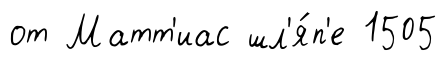
от Матт'иас шл'я́п'е 1505